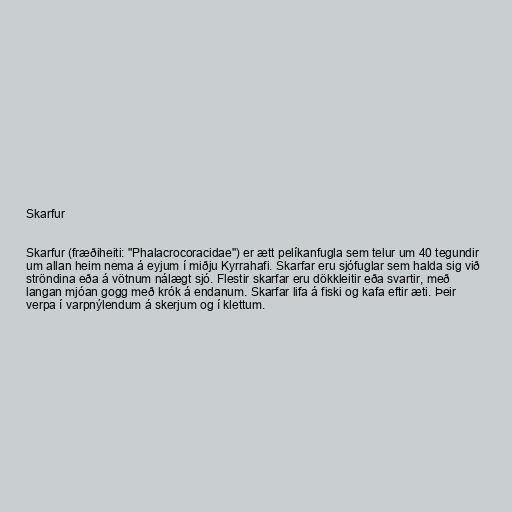
Skarfur

Skarfur (fræðiheiti: "Phalacrocoracidae") er ætt pelíkanfugla sem telur um 40 tegundir
um allan heim nema á eyjum í miðju Kyrrahafi. Skarfar eru sjófuglar sem halda sig við
ströndina eða á vötnum nálægt sjó. Flestir skarfar eru dökkleitir eða svartir, með
langan mjóan gogg með krók á endanum. Skarfar lifa á fiski og kafa eftir æti. Þeir
verpa í varpnýlendum á skerjum og í klettum.